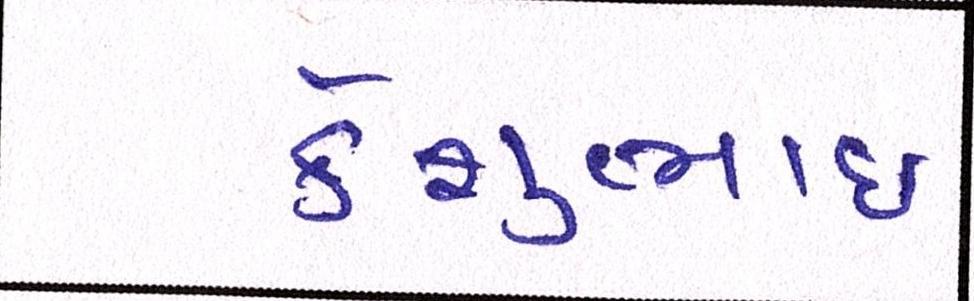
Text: કેશુભાઈ